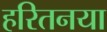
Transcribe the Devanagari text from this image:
हरितनया